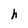
Character: h